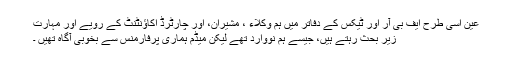
عین اسی طرح ایف بی آر اور ٹیکس کے دفاتر میں ہم وکلاء ، مشیران، اور چارٹرڈ اکاؤنٹنٹ کے رویے اور مہارت
زیر بحث رہتے ہیں، جیسے ہم نووارد تھے لیکن میڈم ہماری پرفارمنس سے بخوبی آگاہ تھیں ۔